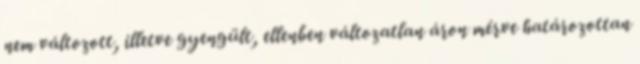
nem változott, illetve gyengült, ellenben változatlan áron mérve határozottan